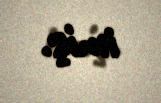
imiş.